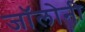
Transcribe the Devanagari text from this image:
जॉलोनी